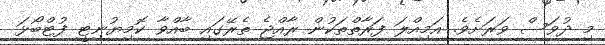
މި ދުވަސް ވަރަށެވެ. އަމިއްލަ ފަރާތްތަކުން ރާއްޖެ ތެރޭގައި ބާއްވާ ކޮމިޔުނިޓީ ފުޓްބޯޅަ